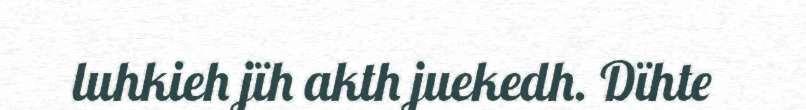
luhkieh jïh akth juekedh. Dïhte